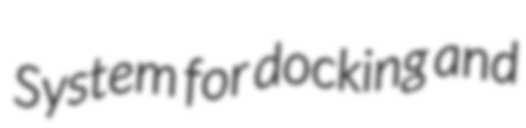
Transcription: System for docking and